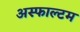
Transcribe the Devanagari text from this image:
अस्फाल्टम